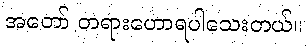
အတော် တရားဟောရပါသေးတယ်။